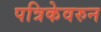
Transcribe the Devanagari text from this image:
पत्रिकेवरुन